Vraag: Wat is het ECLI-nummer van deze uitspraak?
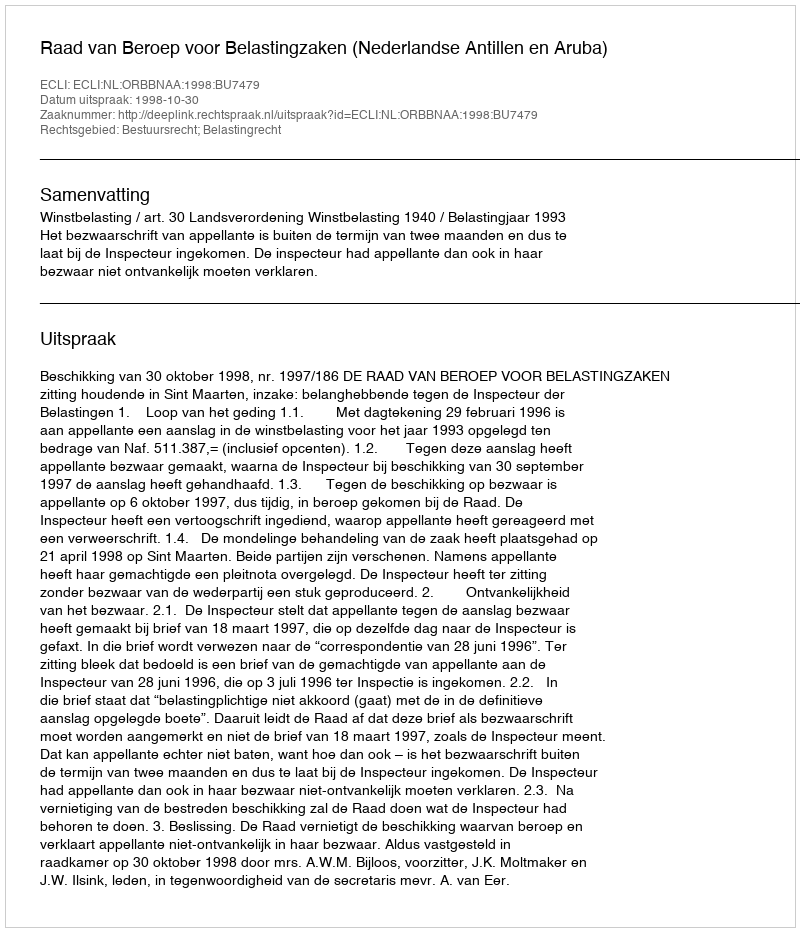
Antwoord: ECLI:NL:ORBBNAA:1998:BU7479